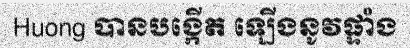
Huong បានបង្កើត ឡើងនូវផ្ទាំង